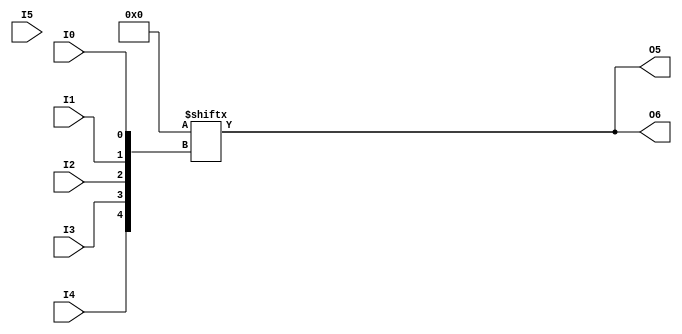
// $Header: /devl/xcs/repo/env/Databases/CAEInterfaces/verunilibs/data/rainier/LUT6_2.v,v 1.1.10.1 2007/03/09 18:12:56 patrickp Exp $
///////////////////////////////////////////////////////////////////////////////
// Copyright (c) 1995/2004 Xilinx, Inc.
// All Right Reserved.
///////////////////////////////////////////////////////////////////////////////
//   ____  ____
//  /   /\/   /
// /___/  \  /    Vendor : Xilinx
// \   \   \/     Version : 9.1i (J.27)
//  \   \         Description : Xilinx Functional Simulation Library Component
//  /   /                  6-input Look-Up-Table with Two General Outputs
// /___/   /\     Filename : LUT6_2.v
// \   \  /  \    Timestamp : 
//  \___\/\___\
//
// Revision:
//    08/08/64 - Initial version.
// End Revision

`timescale  100 ps / 10 ps


module LUT6_2 (O5, O6, I0, I1, I2, I3, I4, I5);

  parameter INIT = 64'h0000000000000000;

  input I0, I1, I2, I3, I4, I5;

  output O5, O6;

  reg [63:0] init_reg = INIT;
  reg [31:0] init_l, init_h;
  reg O_l, O_h, tmp;
  reg O5, O6;
  
  initial begin
     init_l = init_reg[31:0];
     init_h = init_reg[63:32];
  end

  always @(I5 or O_l or O_h) begin
    O5 = O_l;
    if (I5 == 1)
      O6 = O_h;
    else if (I5 == 0)
      O6 = O_l;
    else begin
      if (O_h == 0 && O_l == 0)
         O6 = 1'b0;
      else if (O_h == 1 && O_l == 1)
         O6 = 1'b1;
      else
         O6 = 1'bx;
      end
   end
   

  always @( I4 or I3 or  I2 or  I1 or  I0 )  begin
    tmp =  I0 ^ I1  ^ I2 ^ I3 ^ I4;
    if ( tmp == 0 || tmp == 1) begin
        O_l = init_l[{I4, I3, I2, I1, I0}];
        O_h = init_h[{I4, I3, I2, I1, I0}];
    end
    else begin
      O_l =  lut4_mux4 ( 
                        { lut6_mux8 ( init_l[31:24], {I2, I1, I0}),
                          lut6_mux8 ( init_l[23:16], {I2, I1, I0}),
                          lut6_mux8 ( init_l[15:8], {I2, I1, I0}),
                          lut6_mux8 ( init_l[7:0], {I2, I1, I0}) }, { I4, I3});
      O_h =  lut4_mux4 ( 
                        { lut6_mux8 ( init_h[31:24], {I2, I1, I0}),
                          lut6_mux8 ( init_h[23:16], {I2, I1, I0}),
                          lut6_mux8 ( init_h[15:8], {I2, I1, I0}),
                          lut6_mux8 ( init_h[7:0], {I2, I1, I0}) }, { I4, I3});
     end
    end

  function lut6_mux8;
  input [7:0] d;
  input [2:0] s;
   
  begin

       if ((s[2]^s[1]^s[0] ==1) || (s[2]^s[1]^s[0] ==0))
           
           lut6_mux8 = d[s];

         else
           if ( ~(|d))
                 lut6_mux8 = 1'b0;
           else if ((&d))
                 lut6_mux8 = 1'b1;
           else if (((s[1]^s[0] ==1'b1) || (s[1]^s[0] ==1'b0)) && (d[{1'b0,s[1:0]}]===d[{1'b1,s[1:0]}]))
                 lut6_mux8 = d[{1'b0,s[1:0]}];
           else if (((s[2]^s[0] ==1) || (s[2]^s[0] ==0)) && (d[{s[2],1'b0,s[0]}]===d[{s[2],1'b1,s[0]}]))
                 lut6_mux8 = d[{s[2],1'b0,s[0]}];
           else if (((s[2]^s[1] ==1) || (s[2]^s[1] ==0)) && (d[{s[2],s[1],1'b0}]===d[{s[2],s[1],1'b1}]))
                 lut6_mux8 = d[{s[2],s[1],1'b0}];
           else if (((s[0] ==1) || (s[0] ==0)) && (d[{1'b0,1'b0,s[0]}]===d[{1'b0,1'b1,s[0]}]) &&
              (d[{1'b0,1'b0,s[0]}]===d[{1'b1,1'b0,s[0]}]) && (d[{1'b0,1'b0,s[0]}]===d[{1'b1,1'b1,s[0]}]))
                 lut6_mux8 = d[{1'b0,1'b0,s[0]}];
           else if (((s[1] ==1) || (s[1] ==0)) && (d[{1'b0,s[1],1'b0}]===d[{1'b0,s[1],1'b1}]) &&
              (d[{1'b0,s[1],1'b0}]===d[{1'b1,s[1],1'b0}]) && (d[{1'b0,s[1],1'b0}]===d[{1'b1,s[1],1'b1}]))
                 lut6_mux8 = d[{1'b0,s[1],1'b0}];
           else if (((s[2] ==1) || (s[2] ==0)) && (d[{s[2],1'b0,1'b0}]===d[{s[2],1'b0,1'b1}]) &&
              (d[{s[2],1'b0,1'b0}]===d[{s[2],1'b1,1'b0}]) && (d[{s[2],1'b0,1'b0}]===d[{s[2],1'b1,1'b1}]))
                 lut6_mux8 = d[{s[2],1'b0,1'b0}];
           else
                 lut6_mux8 = 1'bx;
   end
  endfunction


  function lut4_mux4;
  input [3:0] d;
  input [1:0] s;
   
  begin

       if ((s[1]^s[0] ==1) || (s[1]^s[0] ==0))

           lut4_mux4 = d[s];

         else if ((d[0] === d[1]) && (d[2] === d[3])  && (d[0] === d[2]) )
           lut4_mux4 = d[0];
         else if ((s[1] == 0) && (d[0] === d[1]))
           lut4_mux4 = d[0];
         else if ((s[1] == 1) && (d[2] === d[3]))
           lut4_mux4 = d[2];
         else if ((s[0] == 0) && (d[0] === d[2]))
           lut4_mux4 = d[0];
         else if ((s[0] == 1) && (d[1] === d[3]))
           lut4_mux4 = d[1];
         else
           lut4_mux4 = 1'bx;

   end
  endfunction

endmodule